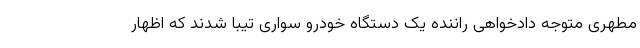
مطهری متوجه دادخواهی راننده یک دستگاه خودرو سواری تیبا شدند که اظهار